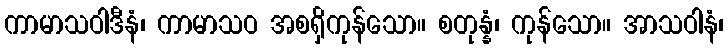
ကာမာသဝါဒီနံ၊ ကာမာသဝ အစရှိကုန်သော။ စတုန္နံ၊ ကုန်သော။ အာသဝါနံ၊